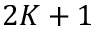
2 K + 1